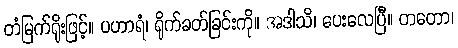
တံမြက်ရိုးဖြင့်။ ပဟာရံ၊ ရိုက်ခတ်ခြင်းကို။ အဒါသိ၊ ပေးလေပြီ။ တတော၊